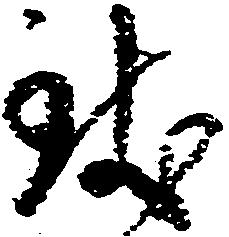
致